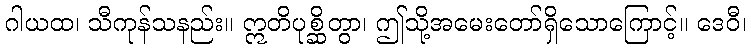
ဂါယထ၊ သီကုန်သနည်း။ ဣတိပုစ္ဆိတွာ၊ ဤသို့အမေးတော်ရှိသောကြောင့်။ ဒေဝီ၊